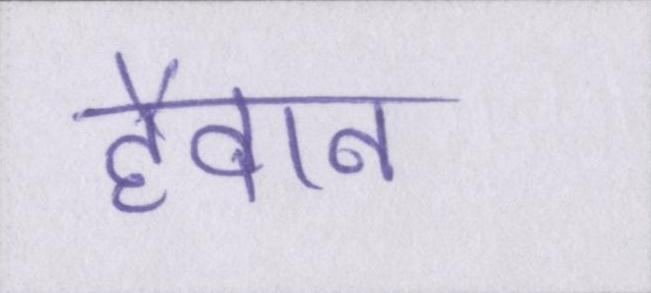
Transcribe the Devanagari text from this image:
हैवान